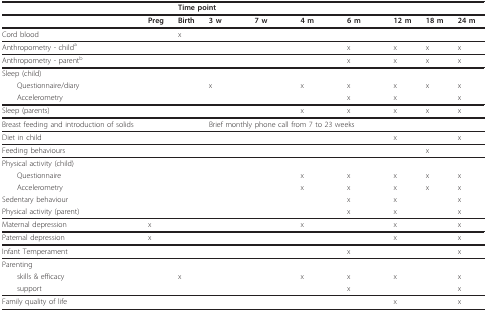
<table><thead><tr><td></td><td></td><td colspan="8"><b>Time point</b></td></tr></thead><tbody><tr><td></td><td><b>Preg</b></td><td><b>Birth</b></td><td><b>3 w</b></td><td><b>7 w</b></td><td><b>4 m</b></td><td><b>6 m</b></td><td><b>12 m</b></td><td><b>18 m</b></td><td><b>24 m</b></td></tr><tr><td>Cord blood</td><td></td><td>x</td><td></td><td></td><td></td><td></td><td></td><td></td><td></td></tr><tr><td>Anthropometry - child<sup>a</sup></td><td></td><td></td><td></td><td></td><td></td><td>x</td><td>x</td><td>x</td><td>x</td></tr><tr><td>Anthropometry - parent<sup>b</sup></td><td></td><td></td><td></td><td></td><td></td><td>x</td><td>x</td><td>x</td><td>x</td></tr><tr><td>Sleep (child)</td><td></td><td></td><td></td><td></td><td></td><td></td><td></td><td></td><td></td></tr><tr><td> Questionnaire/diary</td><td></td><td></td><td>x</td><td></td><td>x</td><td>x</td><td>x</td><td>x</td><td>x</td></tr><tr><td> Accelerometry</td><td></td><td></td><td></td><td></td><td></td><td>x</td><td>x</td><td></td><td>x</td></tr><tr><td>Sleep (parents)</td><td></td><td></td><td></td><td></td><td>x</td><td>x</td><td>x</td><td>x</td><td>x</td></tr><tr><td>Breast feeding and introduction of solids</td><td></td><td></td><td colspan="4">Brief monthly phone call from 7 to 23 weeks</td><td></td><td></td><td></td></tr><tr><td>Diet in child</td><td></td><td></td><td></td><td></td><td></td><td></td><td>x</td><td></td><td>x</td></tr><tr><td>Feeding behaviours</td><td></td><td></td><td></td><td></td><td></td><td></td><td></td><td>x</td><td></td></tr><tr><td>Physical activity (child)</td><td></td><td></td><td></td><td></td><td></td><td></td><td></td><td></td><td></td></tr><tr><td> Questionnaire</td><td></td><td></td><td></td><td></td><td>x</td><td>x</td><td>x</td><td>x</td><td>x</td></tr><tr><td> Accelerometry</td><td></td><td></td><td></td><td></td><td>x</td><td>x</td><td>x</td><td>x</td><td>x</td></tr><tr><td>Sedentary behaviour</td><td></td><td></td><td></td><td></td><td></td><td>x</td><td>x</td><td></td><td>x</td></tr><tr><td>Physical activity (parent)</td><td></td><td></td><td></td><td></td><td></td><td>x</td><td>x</td><td></td><td>x</td></tr><tr><td>Maternal depression</td><td>x</td><td></td><td></td><td></td><td>x</td><td></td><td>x</td><td></td><td>x</td></tr><tr><td>Paternal depression</td><td>x</td><td></td><td></td><td></td><td></td><td></td><td>x</td><td></td><td>x</td></tr><tr><td>Infant Temperament</td><td></td><td></td><td></td><td></td><td></td><td>x</td><td></td><td></td><td>x</td></tr><tr><td>Parenting</td><td></td><td></td><td></td><td></td><td></td><td></td><td></td><td></td><td></td></tr><tr><td> skills &amp; efficacy</td><td></td><td>x</td><td></td><td></td><td>x</td><td>x</td><td>x</td><td></td><td>x</td></tr><tr><td> support</td><td></td><td></td><td></td><td></td><td></td><td>x</td><td></td><td></td><td>x</td></tr><tr><td>Family quality of life</td><td></td><td></td><td></td><td></td><td></td><td></td><td>x</td><td></td><td>x</td></tr></tbody></table>